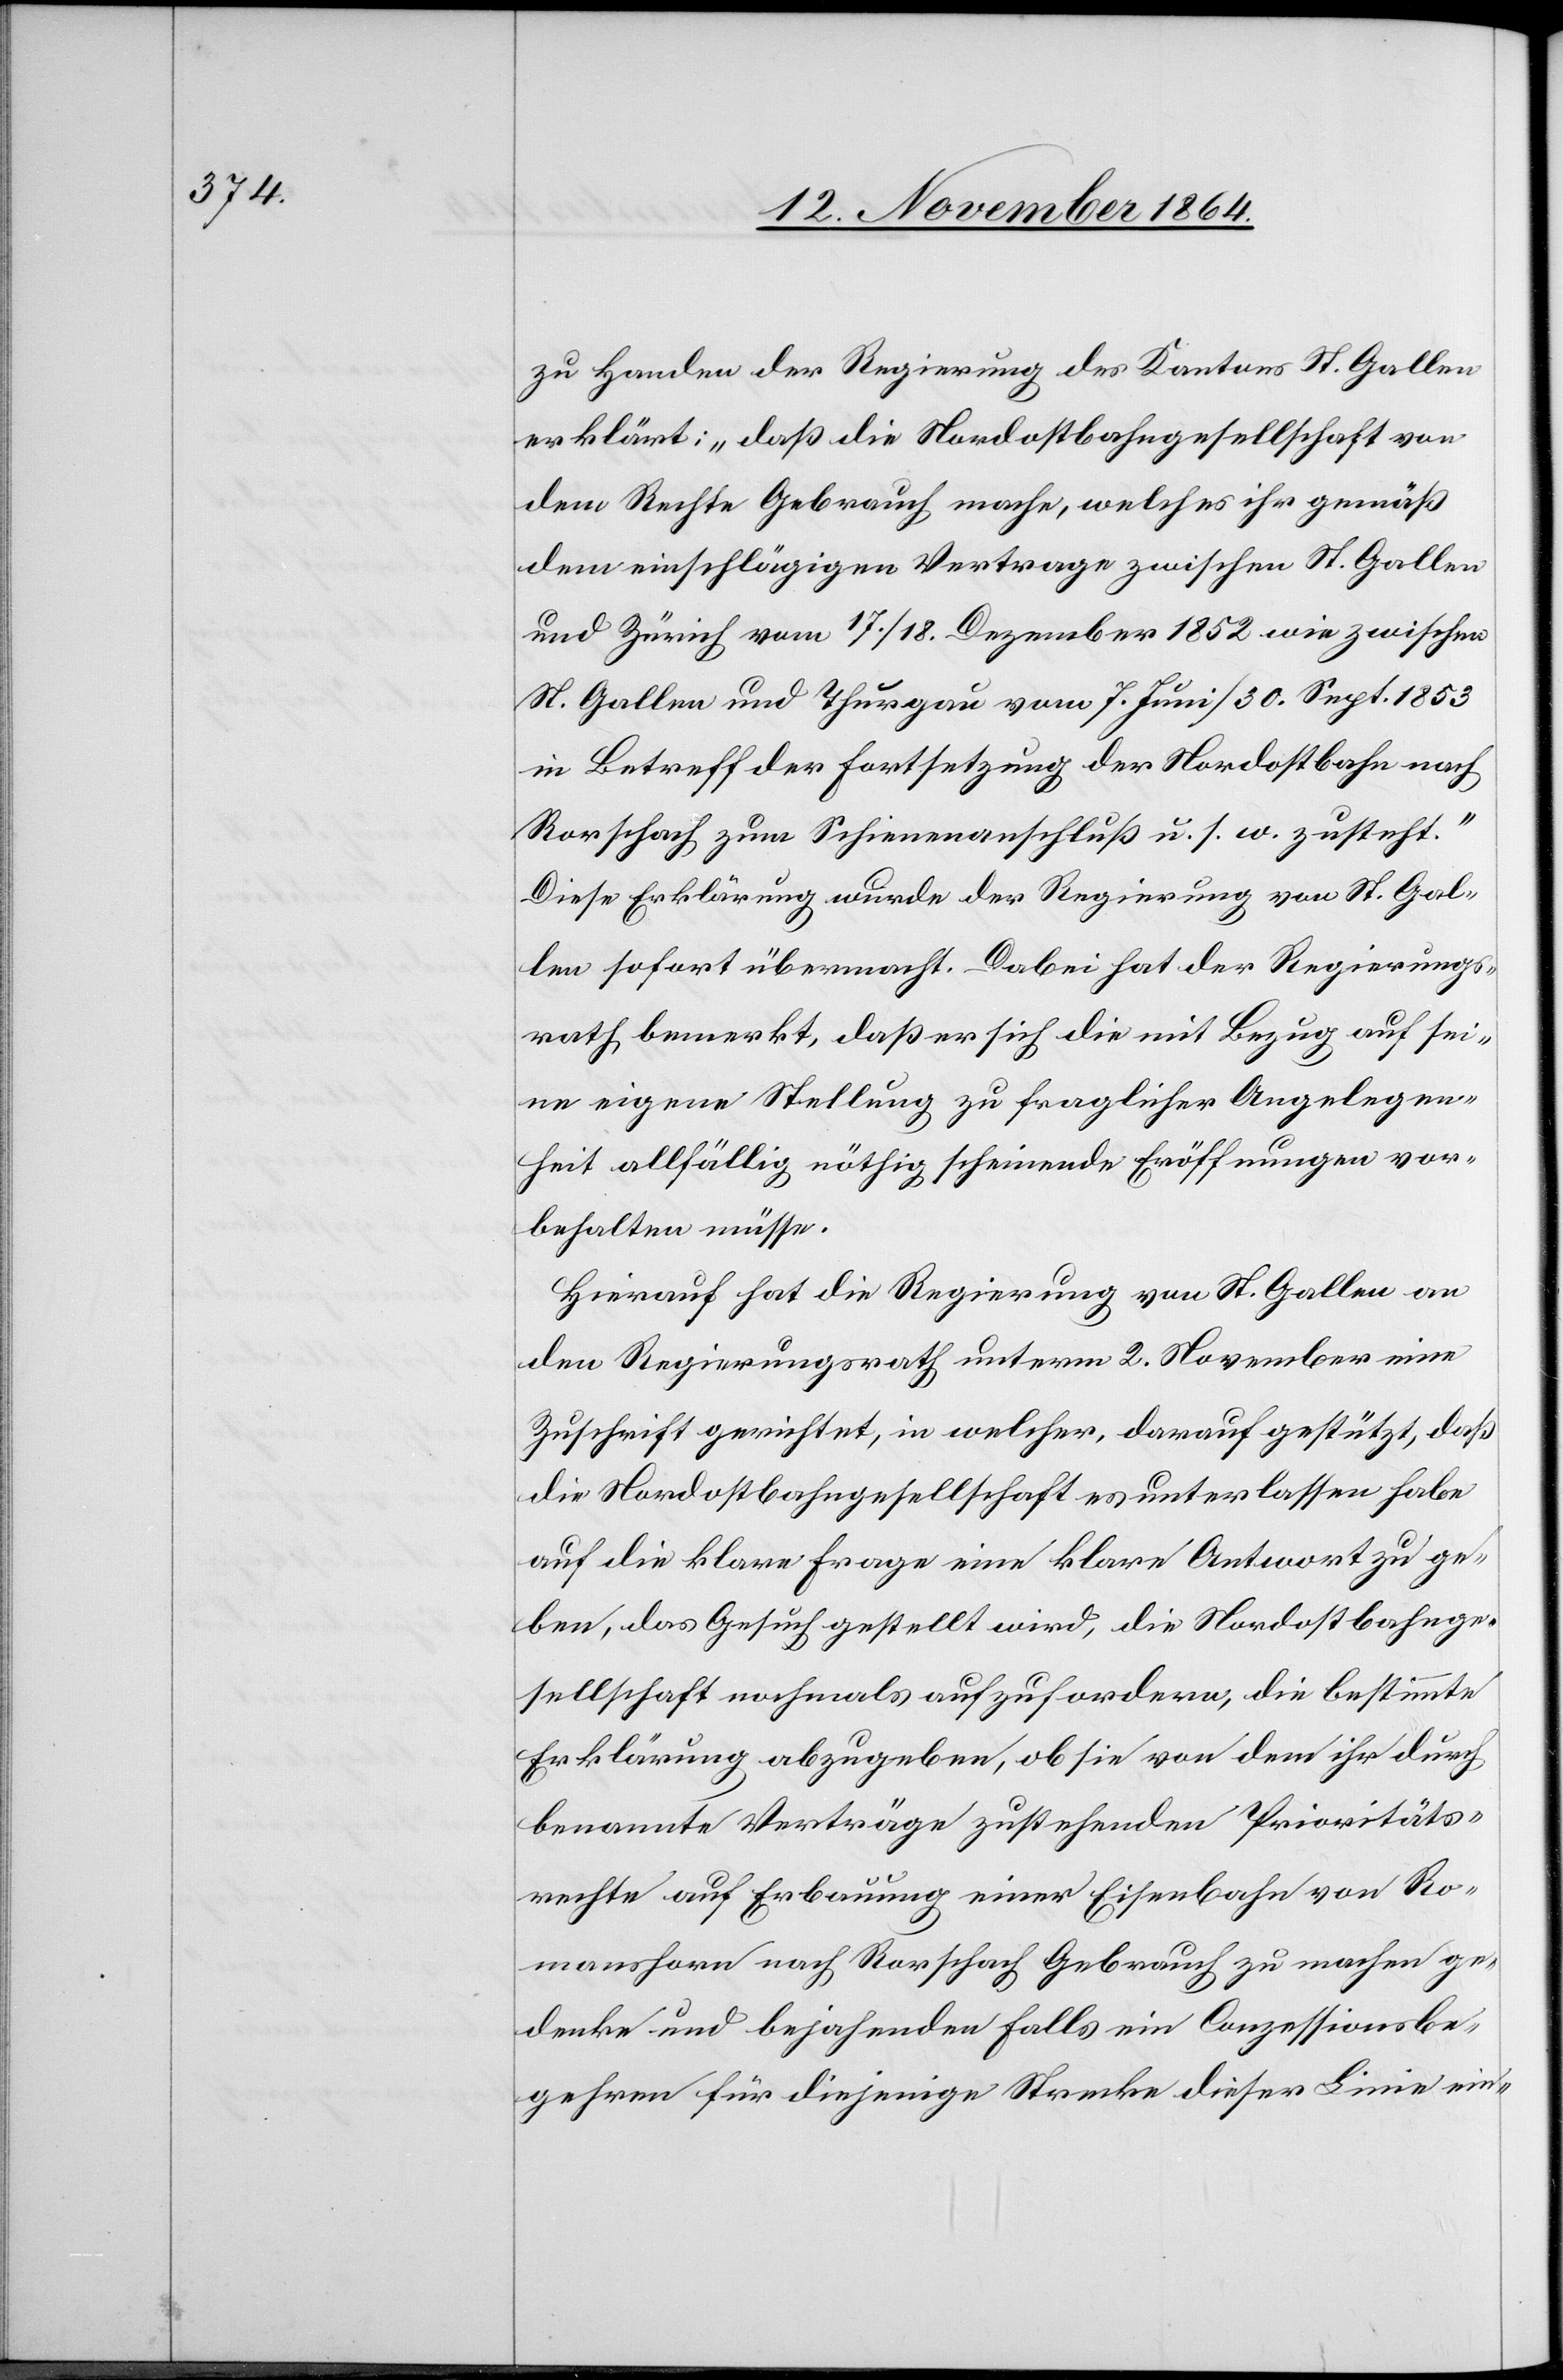
zu Handen der Regierung des Kantons St. Gallen
erklärt: „daß die Nordostbahngesellschaft von
dem Rechte Gebrauch mache, welches ihr gemäß
dem einschlägigen Vertrage zwischen St. Gallen
und Zürich vom 17./18. Dezember 1852 wie zwischen
St. Gallen und Thurgau vom 7. Juni/30. Sept. 1853
in Betreff der Fortsetzung der Nordostbahn nach
Rorschach zum Schienenanschluß u. s. w zusteht.“
Diese Erklärung wurde der Regierung von St. Gal¬
len sofort übermacht. Dabei hat der Regierungs¬
rath bemerkt, daß er sich die mit Bezug auf sei¬
ne eigene Stellung zu fraglicher Angelegen¬
heit allfällig nöthig scheinende Eröffnungen vor¬
behalten müsse.
Hierauf hat die Regierung von St. Gallen an
den Regierungsrath unterm 2. November eine
Zuschrift gerichtet, in welcher, darauf gestützt, daß
die Nordostbahngesellschaft es unterlassen habe
auf die klare Frage eine klare Antwort zu ge¬
ben, das Gesuch gestellt wird, die Nordostbahnge¬
sellschaft nochmals aufzufordern, die bestimmte
Erklärung abzugeben, ob sie von dem ihr durch
benannte Verträge zustehenden Prioritäts¬
rechte auf Erbauung einer Eisenbahn von Ro¬
manshorn nach Rorschach Gebrauch zu machen ge¬
denke und bejahenden Falls ein Conzessionsbe¬
gehren für diejenige Strecke dieser Linie ein-